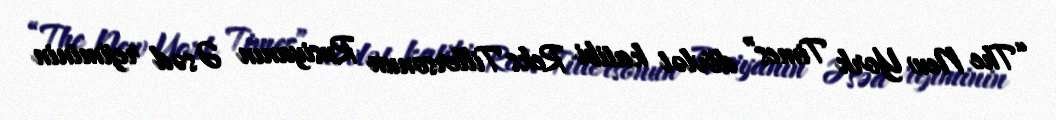
“The New York Times” dövlət katibi Reks Tillersonun Rusiyanın Əsəd rejiminin